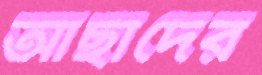
আছাদের